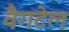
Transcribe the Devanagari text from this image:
वैगटेल